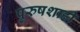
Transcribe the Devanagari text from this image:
पुरुषशाही